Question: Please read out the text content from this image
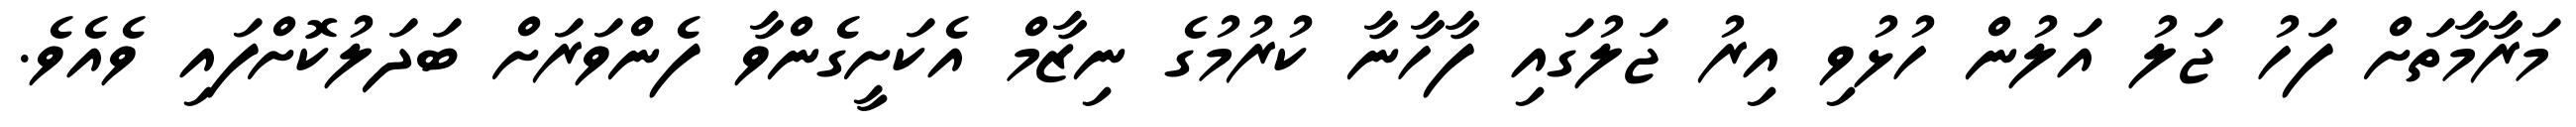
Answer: މަރާމާތަށް ފަހު ޖަލު އަލުން ހުޅުވި އިރު ޖަލުގައި ފާހާނާ ކުރުމުގެ ނިޒާމް އެކަށީގެންވާ ފެންވަރަށް ބަދަލުކޮށްފައި ވެއެވެ.